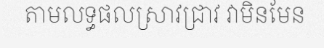
តាមលទ្ធផលស្រាវជ្រាវ វាមិនមែន